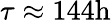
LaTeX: \tau\approx 144\mathrm{h}